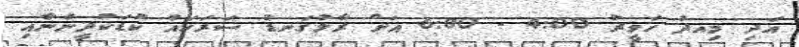
އަދި މިއދު ހަވީރު 4:00 - 6:00 އަށް ރާޅުގަނޑު ސަރަހައް ކުޑަކުދީންނާއި